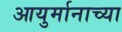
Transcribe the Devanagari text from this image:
आयुर्मानाच्या